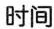
时间